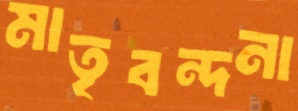
মাতৃবন্দনা